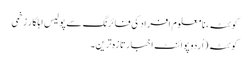
کوئٹہ، نامعلوم افراد کی فائرنگ سے پولیس اہلکار زخمی
کوئٹہ (اُردو پوائنٹ اخبارتازہ ترین۔